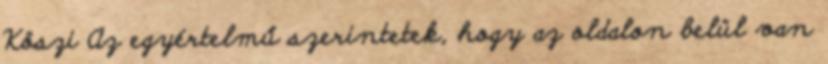
Köszi Az egyértelmű szerintetek, hogy az oldalon belül van